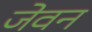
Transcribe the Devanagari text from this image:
जेवन